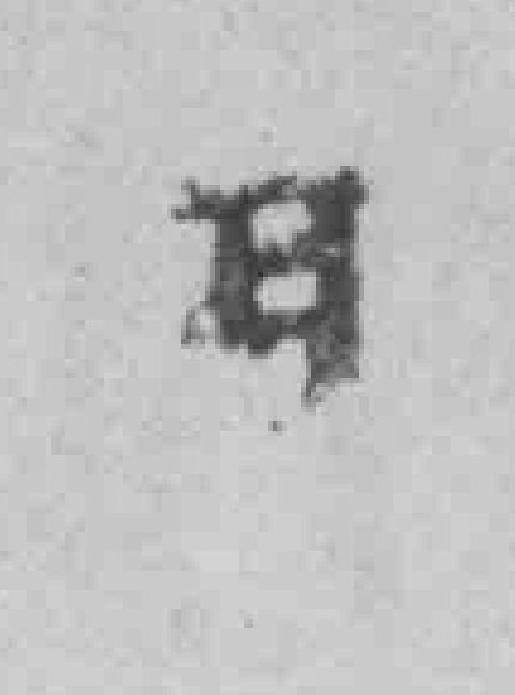
明